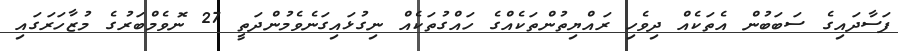
ފަސާދައިގެ ސަބަބުން އެތަކެއް ދިވެހި ރައްޔިތުންތަކެއްގެ ހައްގުތަކެއް ނިގުޅައިގަނެވެމުންދަތީ 27 ނޮވެމްބަރުގެ މުޒާހަރަގައި